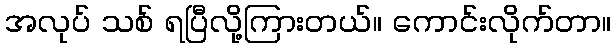
အလုပ် သစ် ရပြီလို့ကြားတယ်။ ကောင်းလိုက်တာ။